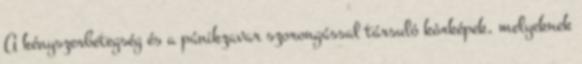
A kényszerbetegség és a pánikzavar szorongással társuló kórképek, melyeknek